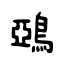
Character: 鵶